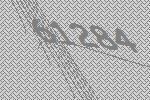
61284